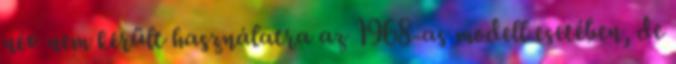
név nem került használatra az 1968-as modell esetében, de